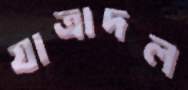
যাত্রাদল